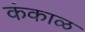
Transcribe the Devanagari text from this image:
कंकाळ